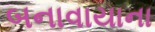
બનાવાયાના